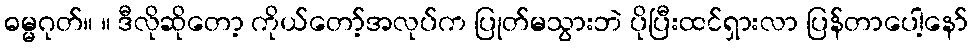
ဓမ္မဂုတ်။ ။ ဒီလိုဆိုတော့ ကိုယ်တော့်အလုပ်က ပြုတ်မသွားဘဲ ပိုပြီးထင်ရှားလာ ပြန်တာပေါ့နော်